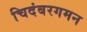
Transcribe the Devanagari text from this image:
चिदंबरगमन